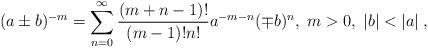
LaTeX: \begin{align*}(a\pm b)^{-m}=\sum_{n=0}^{\infty}\frac{(m+n-1)!}{(m-1)!n!}a^{-m-n}(\mp b)^{n}, \; m>0, \; |b|<|a| \; ,\end{align*}